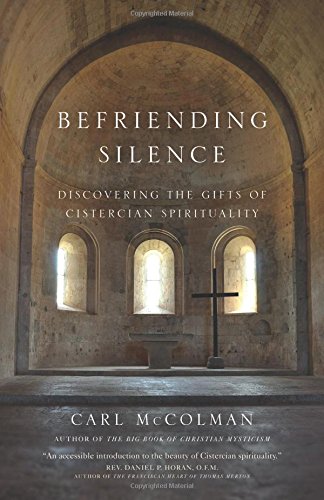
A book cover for Befriending Silence: Discovering the Gifts of Cistercian Spirituality; Carl McColman; Christian Books & Bibles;